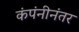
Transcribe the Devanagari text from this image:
कंपंनीनंतर